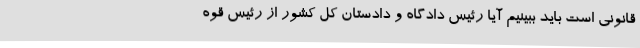
قانونی است باید ببینیم آیا رئیس دادگاه و دادستان کل کشور از رئیس قوه